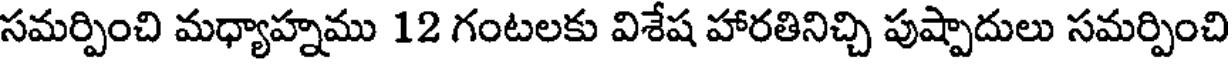
సమర్పించి మధ్యాహ్నము 12 గంటలకు విశేష హారతినిచ్చి పుష్పాదులు సమర్పించి